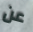
عن